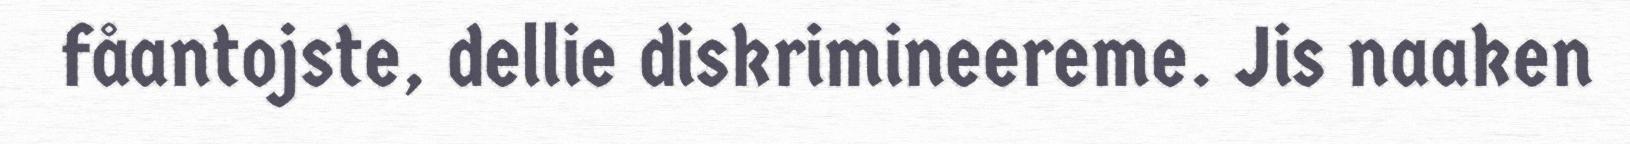
fåantojste, dellie diskrimineereme. Jis naaken